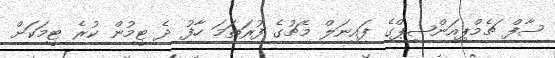
ސާފް ޗެމްޕިއަންޝިޕްގެ ފައިނަލް މެޗުގެ ފުރަތަމަ ހާފު ދެ ޓީމުން ކުރެ ޓީމަކަށް